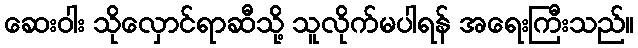
ဆေးဝါး သိုလှောင်ရာဆီသို့ သူလိုက်မပါရန် အရေးကြီးသည်။